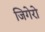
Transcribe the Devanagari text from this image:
जिगेरो